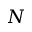
N